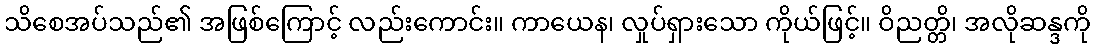
သိစေအပ်သည်၏ အဖြစ်ကြောင့် လည်းကောင်း။ ကာယေန၊ လှုပ်ရှားသော ကိုယ်ဖြင့်။ ဝိညတ္တိ၊ အလိုဆန္ဒကို